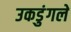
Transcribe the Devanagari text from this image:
उकडुंगले